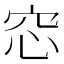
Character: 𥥁